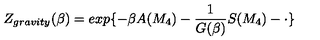
Z _ { g r a v i t y } ( \beta ) = e x p \{ - \beta A ( M _ { 4 } ) - \frac { 1 } { G ( \beta ) } S ( M _ { 4 } ) - \cdot \}